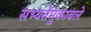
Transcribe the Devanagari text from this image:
सभ्यतेंमुकाबले